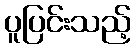
ပူပြင်းသည့်